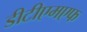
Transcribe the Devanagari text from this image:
डीटीएमएफ